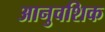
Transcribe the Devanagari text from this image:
आनुवशिक